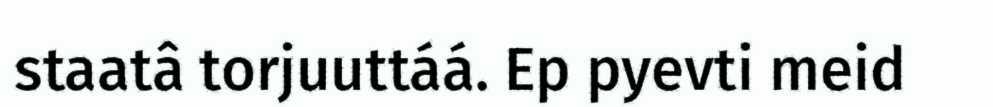
staatâ torjuuttáá. Ep pyevti meid